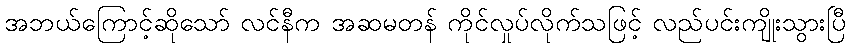
အဘယ်ကြောင့်ဆိုသော် လင်နီက အဆမတန် ကိုင်လှုပ်လိုက်သဖြင့် လည်ပင်းကျိုးသွားပြီ